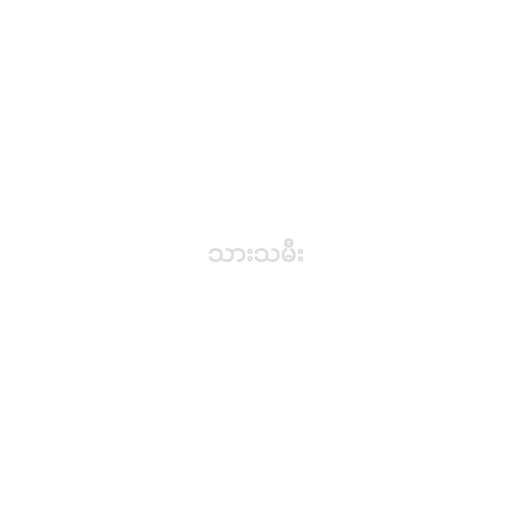
သားသမီး